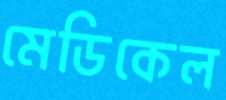
মেডিকেল